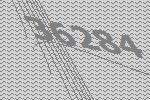
36284